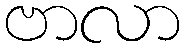
ဗာလာ